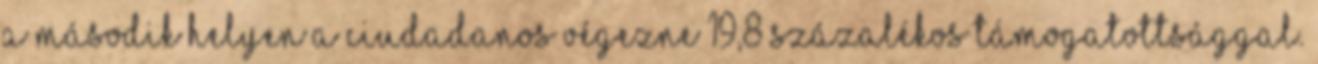
a második helyen a Ciudadanos végezne 19,8 százalékos támogatottsággal.